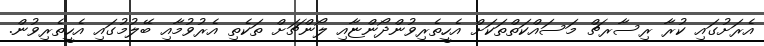
އެރަށުގައި ކުރާ ރިސާރޗް މަސައްކަތްތަކަށް އެހީތެރިވުންދޯންޏާއި ލޯންޗަށް ތަކެތި އެރުވުމާއި ބޭލުމުގައި އެހީތެރިވުން.